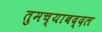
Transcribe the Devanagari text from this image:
तुमच्याबद्दल